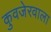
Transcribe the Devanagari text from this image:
कुवजेरवाला